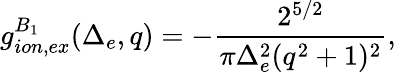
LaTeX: g_{ion,ex}^{B_{1}}(\Delta_{e},q)=-\frac{2^{5/2}}{\pi\Delta_{e}^{2}(q^{2}+1)^{2}},